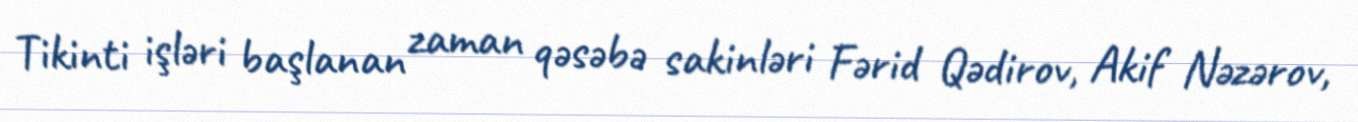
Tikinti işləri başlanan zaman qəsəbə sakinləri Fərid Qədirov, Akif Nəzərov,